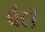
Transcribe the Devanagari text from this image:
चंद्री